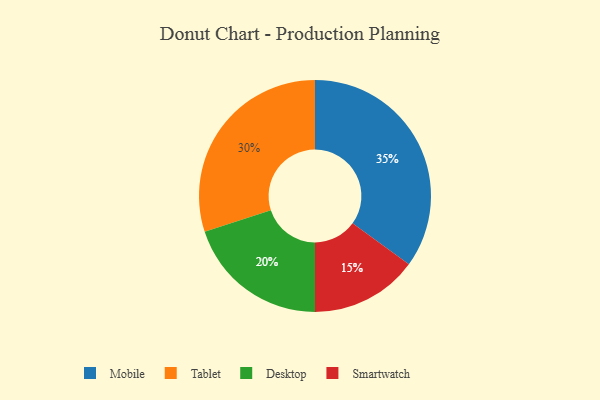
{"axis": {"x": "Category", "y": "Percentage"}, "legend": ["Desktop", "Mobile", "Smartwatch", "Tablet"], "data": [{"x": "Tablet", "y": 30, "type": "Tablet"}, {"x": "Mobile", "y": 35, "type": "Mobile"}, {"x": "Smartwatch", "y": 15, "type": "Smartwatch"}, {"x": "Desktop", "y": 20, "type": "Desktop"}]}